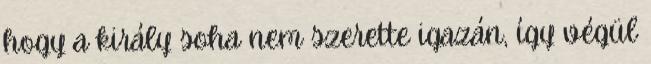
hogy a király soha nem szerette igazán, így végül